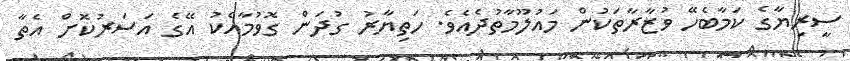
ސީރިޔާގެ ކަމާބެހޭ ވުޒާރާތަކުން މައުލޫމާތުދެއެވެ. ހަތިޔާރު ގުދަން ގޮވުމާއެކު އޭގެ އަސަރުކޮށް އެތާ